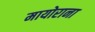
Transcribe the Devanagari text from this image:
मायोराना